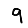
Digit: 9